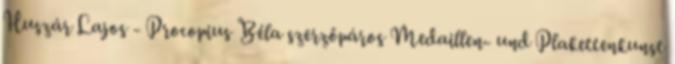
Huszár Lajos - Procopius Béla szerzőpáros Medaillen- und Plakettenkunst